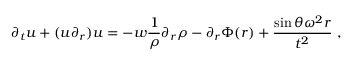
\partial _ { t } u + ( u \partial _ { r } ) u = - w \frac { 1 } { \rho } \partial _ { r } \rho - \partial _ { r } \Phi ( r ) + \frac { \sin \theta \omega ^ { 2 } r } { t ^ { 2 } } \ ,